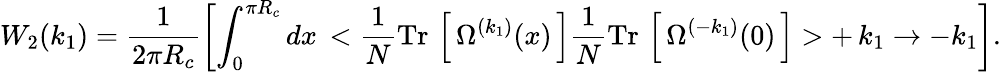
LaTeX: W_{2}(k_{1})=\frac{1}{2\pi R_{c}}\left[\int_{0}^{\pi R_{c}}dx\, <\frac{1}{N}\mathrm{Tr}\, \left[\, \Omega^{(k_{1})}(x)\, \right]\frac{1}{N}\mathrm{Tr}\, \left[\, \Omega^{(-k_{1})}(0)\, \right]>+\, k_{1}\to-k_{1}\right].